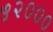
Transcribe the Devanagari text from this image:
५२०००